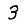
Digit: 3